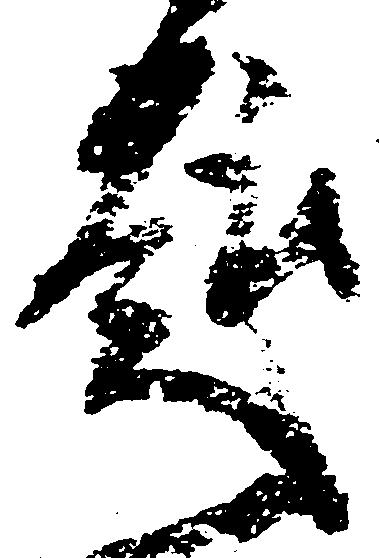
趣